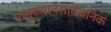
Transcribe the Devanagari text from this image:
प्रामुख्यानेसार्वजनिक